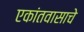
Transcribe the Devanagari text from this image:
एकांतवासाचे